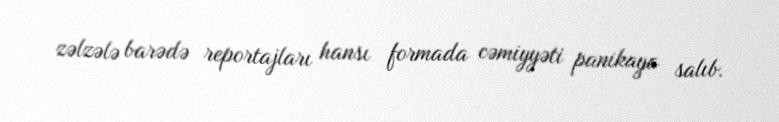
zəlzələ barədə reportajları hansı formada cəmiyyəti panikaya salıb.